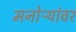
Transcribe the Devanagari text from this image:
मनोऱ्यांवर